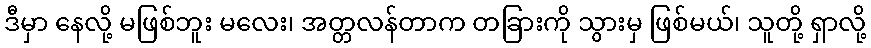
ဒီမှာ နေလို့ မဖြစ်ဘူး မလေး၊ အတ္တလန်တာက တခြားကို သွားမှ ဖြစ်မယ်၊ သူတို့ ရှာလို့